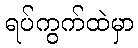
ရပ်ကွက်ထဲမှာ